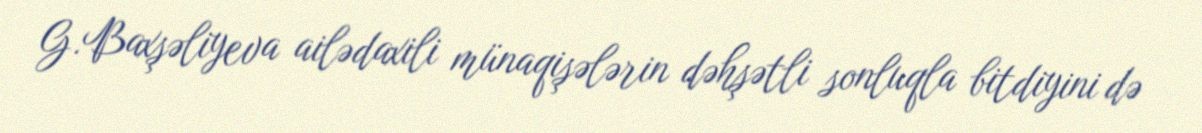
G.Baxşəliyeva ailədaxili münaqişələrin dəhşətli sonluqla bitdiyini də